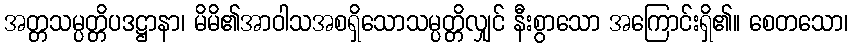
အတ္တသမ္ပတ္တိပဒဋ္ဌာနာ၊ မိမိ၏အာဝါသအစရှိသောသမ္ပတ္တိလျှင် နီးစွာသော အကြောင်းရှိ၏။ စေတသော၊